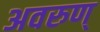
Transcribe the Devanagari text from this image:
अवरुण्